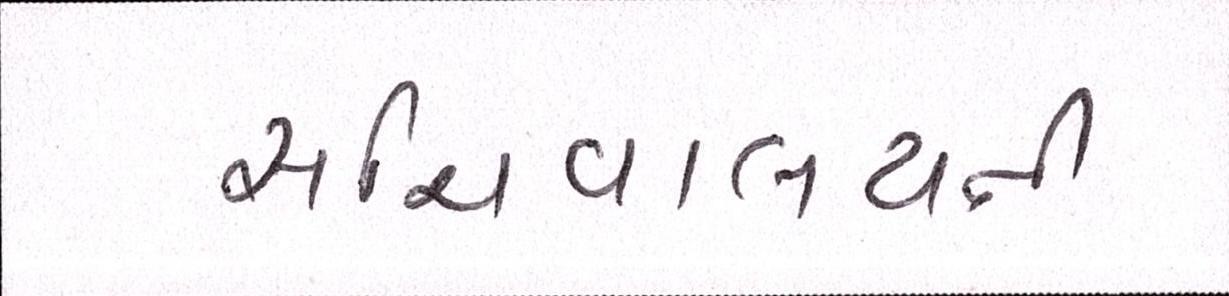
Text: સચિવાલયની